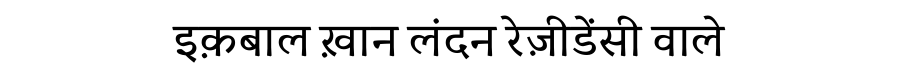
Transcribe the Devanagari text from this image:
इक़बाल ख़ान लंदन रेज़ीडेंसी वाले